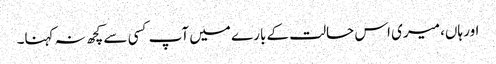
اور ہاں، میری اس حالت کے بارے میں آپ کسی سے کچھ نہ کہنا۔